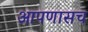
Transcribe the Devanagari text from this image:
आपणासच